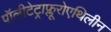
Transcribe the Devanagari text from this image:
पॉलीटेट्राफ्लूरोएथिलीन